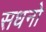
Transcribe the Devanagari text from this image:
सधनो